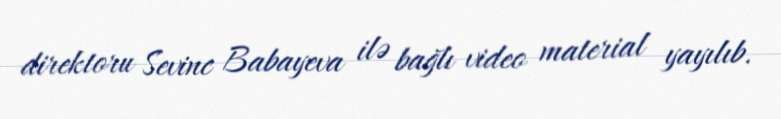
direktoru Sevinc Babayeva ilə bağlı video material yayılıb.